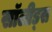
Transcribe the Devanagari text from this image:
सॉलीड्स